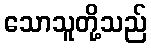
သောသူတို့သည်